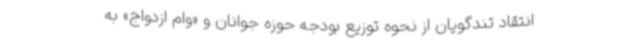
انتقاد تندگویان از نحوه توزیع بودجه حوزه جوانان و «وام ازدواج» به